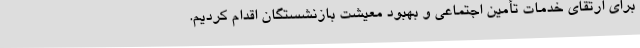
برای ارتقای خدمات تأمین اجتماعی و بهبود معیشت بازنشستگان اقدام کردیم.